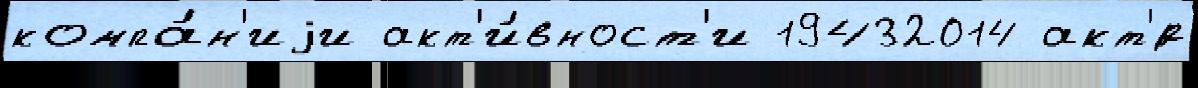
компа́н'иjи акт'и́вност'и 19432014 акт'́р